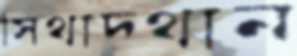
সিথাদথান